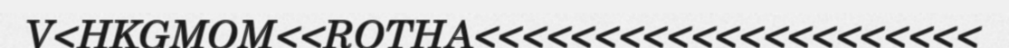
V<HKGMOM<<ROTHA<<<<<<<<<<<<<<<<<<<<<